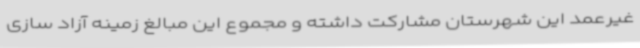
غیرعمد این شهرستان مشارکت داشته و مجموع این مبالغ زمینه آزاد سازی